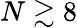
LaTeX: N\gtrsim 8